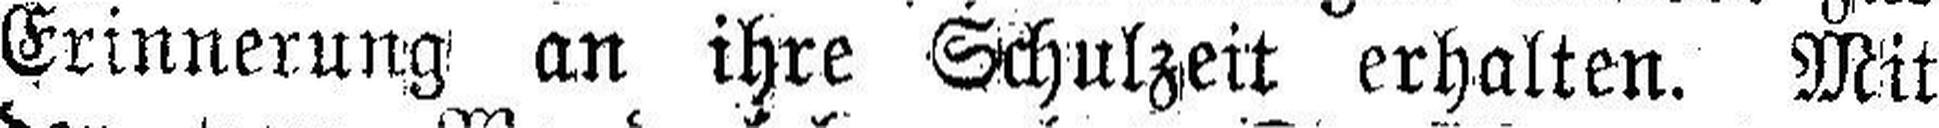
Erinnerung an ihre Schulzeit erhalten. Mit